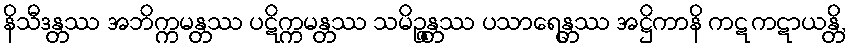
နိသီဒန္တဿ အဘိက္ကမန္တဿ ပဋိက္ကမန္တဿ သမိဉ္ဇန္တဿ ပသာရေန္တဿ အဋ္ဌိကာနိ ကဋကဋာယန္တိ,